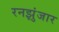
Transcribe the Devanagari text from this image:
रनझुंजार